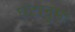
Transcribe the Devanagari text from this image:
घंटानुमा